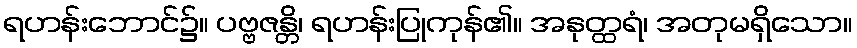
ရဟန်းဘောင်၌။ ပဗ္ဗဇန္တိ၊ ရဟန်းပြုကုန်၏။ အနုတ္ထရံ၊ အတုမရှိသော။